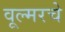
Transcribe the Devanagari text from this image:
वूल्मरचे